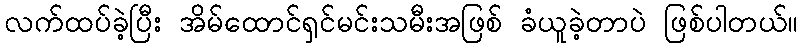
လက်ထပ်ခဲ့ပြီး အိမ်ထောင်ရှင်မင်းသမီးအဖြစ် ခံယူခဲ့တာပဲ ဖြစ်ပါတယ်။